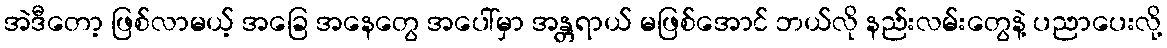
အဲဒီတော့ ဖြစ်လာမယ့် အခြေ အနေတွေ အပေါ်မှာ အန္တရာယ် မဖြစ်အောင် ဘယ်လို နည်းလမ်းတွေနဲ့ ပညာပေးလို့